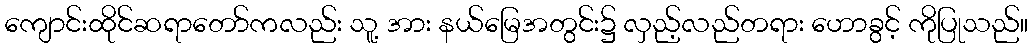
ကျောင်းထိုင်ဆရာတော်ကလည်း သူ့ အား နယ်မြေအတွင်း၌ လှည့်လည်တရား ဟောခွင့် ကိုပြုသည်။